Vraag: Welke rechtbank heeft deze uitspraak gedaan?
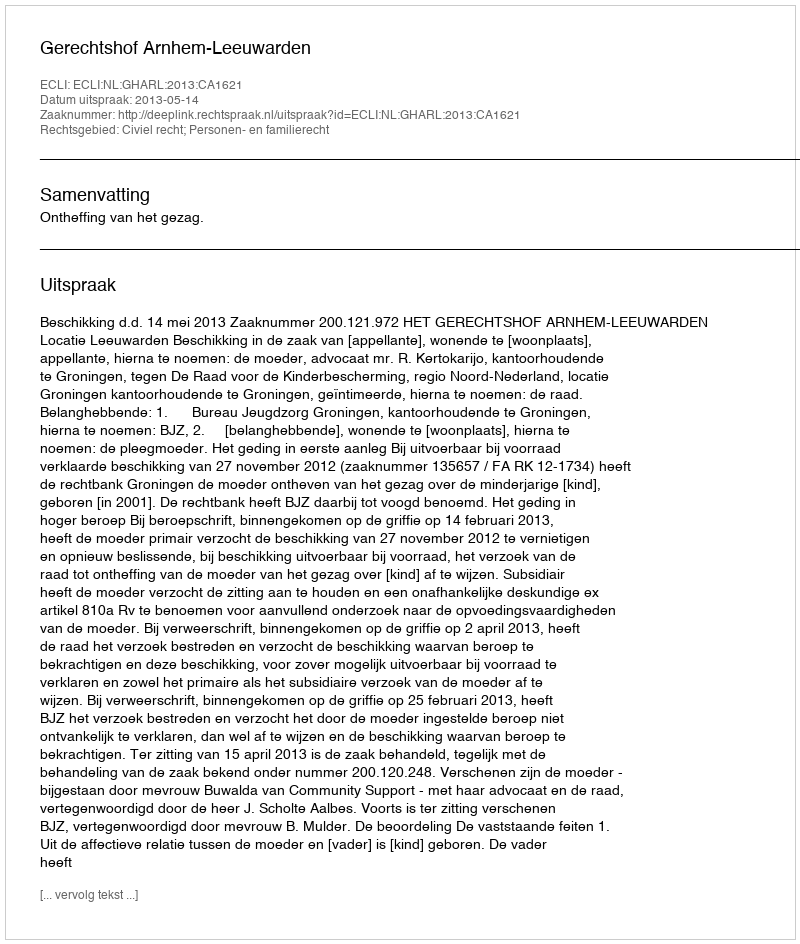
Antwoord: Gerechtshof Arnhem-Leeuwarden